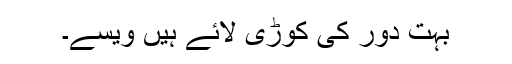
بہت دور کی کوڑی لائے ہیں ویسے۔